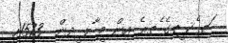
ަތ ެކ ީތގެ ެތރެ ިއން މީ ާލ ީދން  1573އި